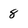
Character: 8